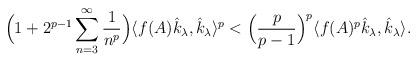
LaTeX: \begin{align*}\Big(1+ 2^{p-1}\displaystyle\sum_{n= 3}^{\infty}\frac{1}{n^p}\Big)\langle f(A)\hat{k}_\lambda, \hat{k}_\lambda \rangle^p< \Big(\frac{p}{p-1}\Big)^{p}\langle f(A)^p\hat{k}_\lambda, \hat{k}_\lambda \rangle.\end{align*}